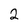
Character: 2